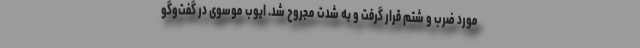
مورد ضرب و شتم قرار گرفت و به شدت مجروح شد. ایوب موسوی در گفت‌وگو